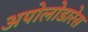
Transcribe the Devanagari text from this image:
अपोलोडारेस